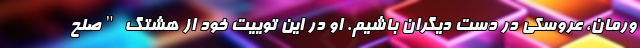
ورمان، عروسکی در دست دیگران باشیم. او در این توییت خود از هشتگ "صلح